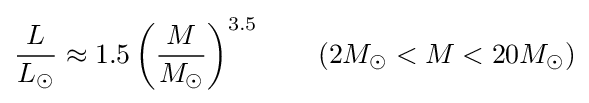
{\frac {L}{L_{\odot }}}\approx 1.5\left({\frac {M}{M_{\odot }}}\right)^{3.5}\qquad (2M_{\odot }<M<20M_{\odot })